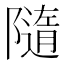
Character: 隨